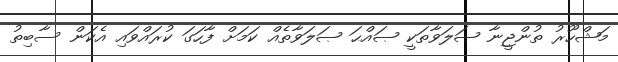
މަޝްހޫރު ތުންޖީނާ ޞަލަވާތަކީ ޞައްޙަ ޞަލަވާތެއް ކަމަށް ފާހަގަ ކުރައްވައި އެކަން ސާބިތު